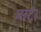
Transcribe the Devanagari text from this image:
बाट।